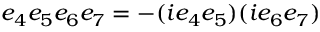
e _ { 4 } e _ { 5 } e _ { 6 } e _ { 7 } = - ( i e _ { 4 } e _ { 5 } ) ( i e _ { 6 } e _ { 7 } )